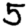
Digit: 5